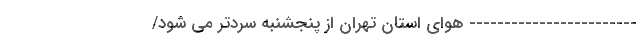
------------------------ هوای استان تهران از پنجشنبه سردتر می شود/